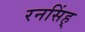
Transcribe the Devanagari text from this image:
रनसिंह्